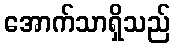
အောက်သာရှိသည်